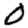
Digit: 0